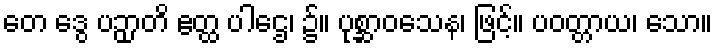
တေ ဒွေ ပဉှာတိ ဧတ္ထ ပါဌေ၊ ၌။ ပုစ္ဆာဝသေန၊ ဖြင့်။ ပဝတ္တာယ၊ သော။